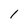
Character: 1